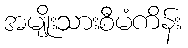
အမျိုးသားစီမံကိန်း